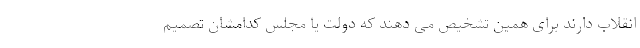
انقلاب دارند برای همین تشخیص می دهند که دولت یا مجلس کدامشان تصمیم